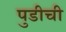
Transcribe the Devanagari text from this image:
पुडीची